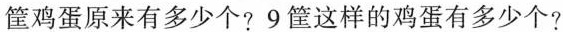
筐鸡蛋原来有多少个?9筐这样的鸡蛋有多少个?